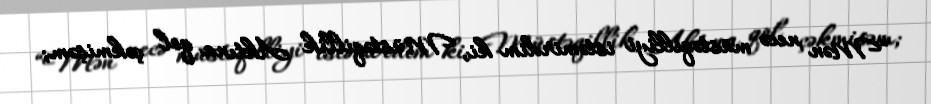
“Mən necə müstəqilliyi istəmirdim ki, Müstəqillik Aktına qol çəkmişəm;